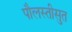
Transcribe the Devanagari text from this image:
पौलस्तीसुत